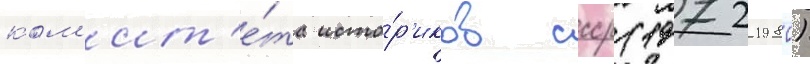
ком'ит'е́та исто́р'иков ссср (1972-1980)